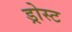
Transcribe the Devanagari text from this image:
ड्रोस्ट